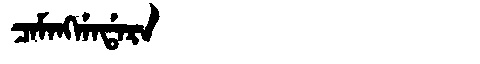
Manchu: ᠴᠠᠮᠠᠩᡤᠠᡩᠠᡵᠠ
Romanization: CAMANGGADARA